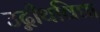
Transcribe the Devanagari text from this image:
उद्नीथविद्या